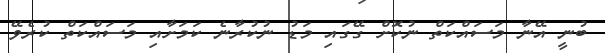
ބުނީ އޭނާ މަސައްކަތް ނުކޮށް ގޭގައި މަޑު ނުކުރާނެ ކަމަށާއި މަަސައްކަތް ކުރެވޭ